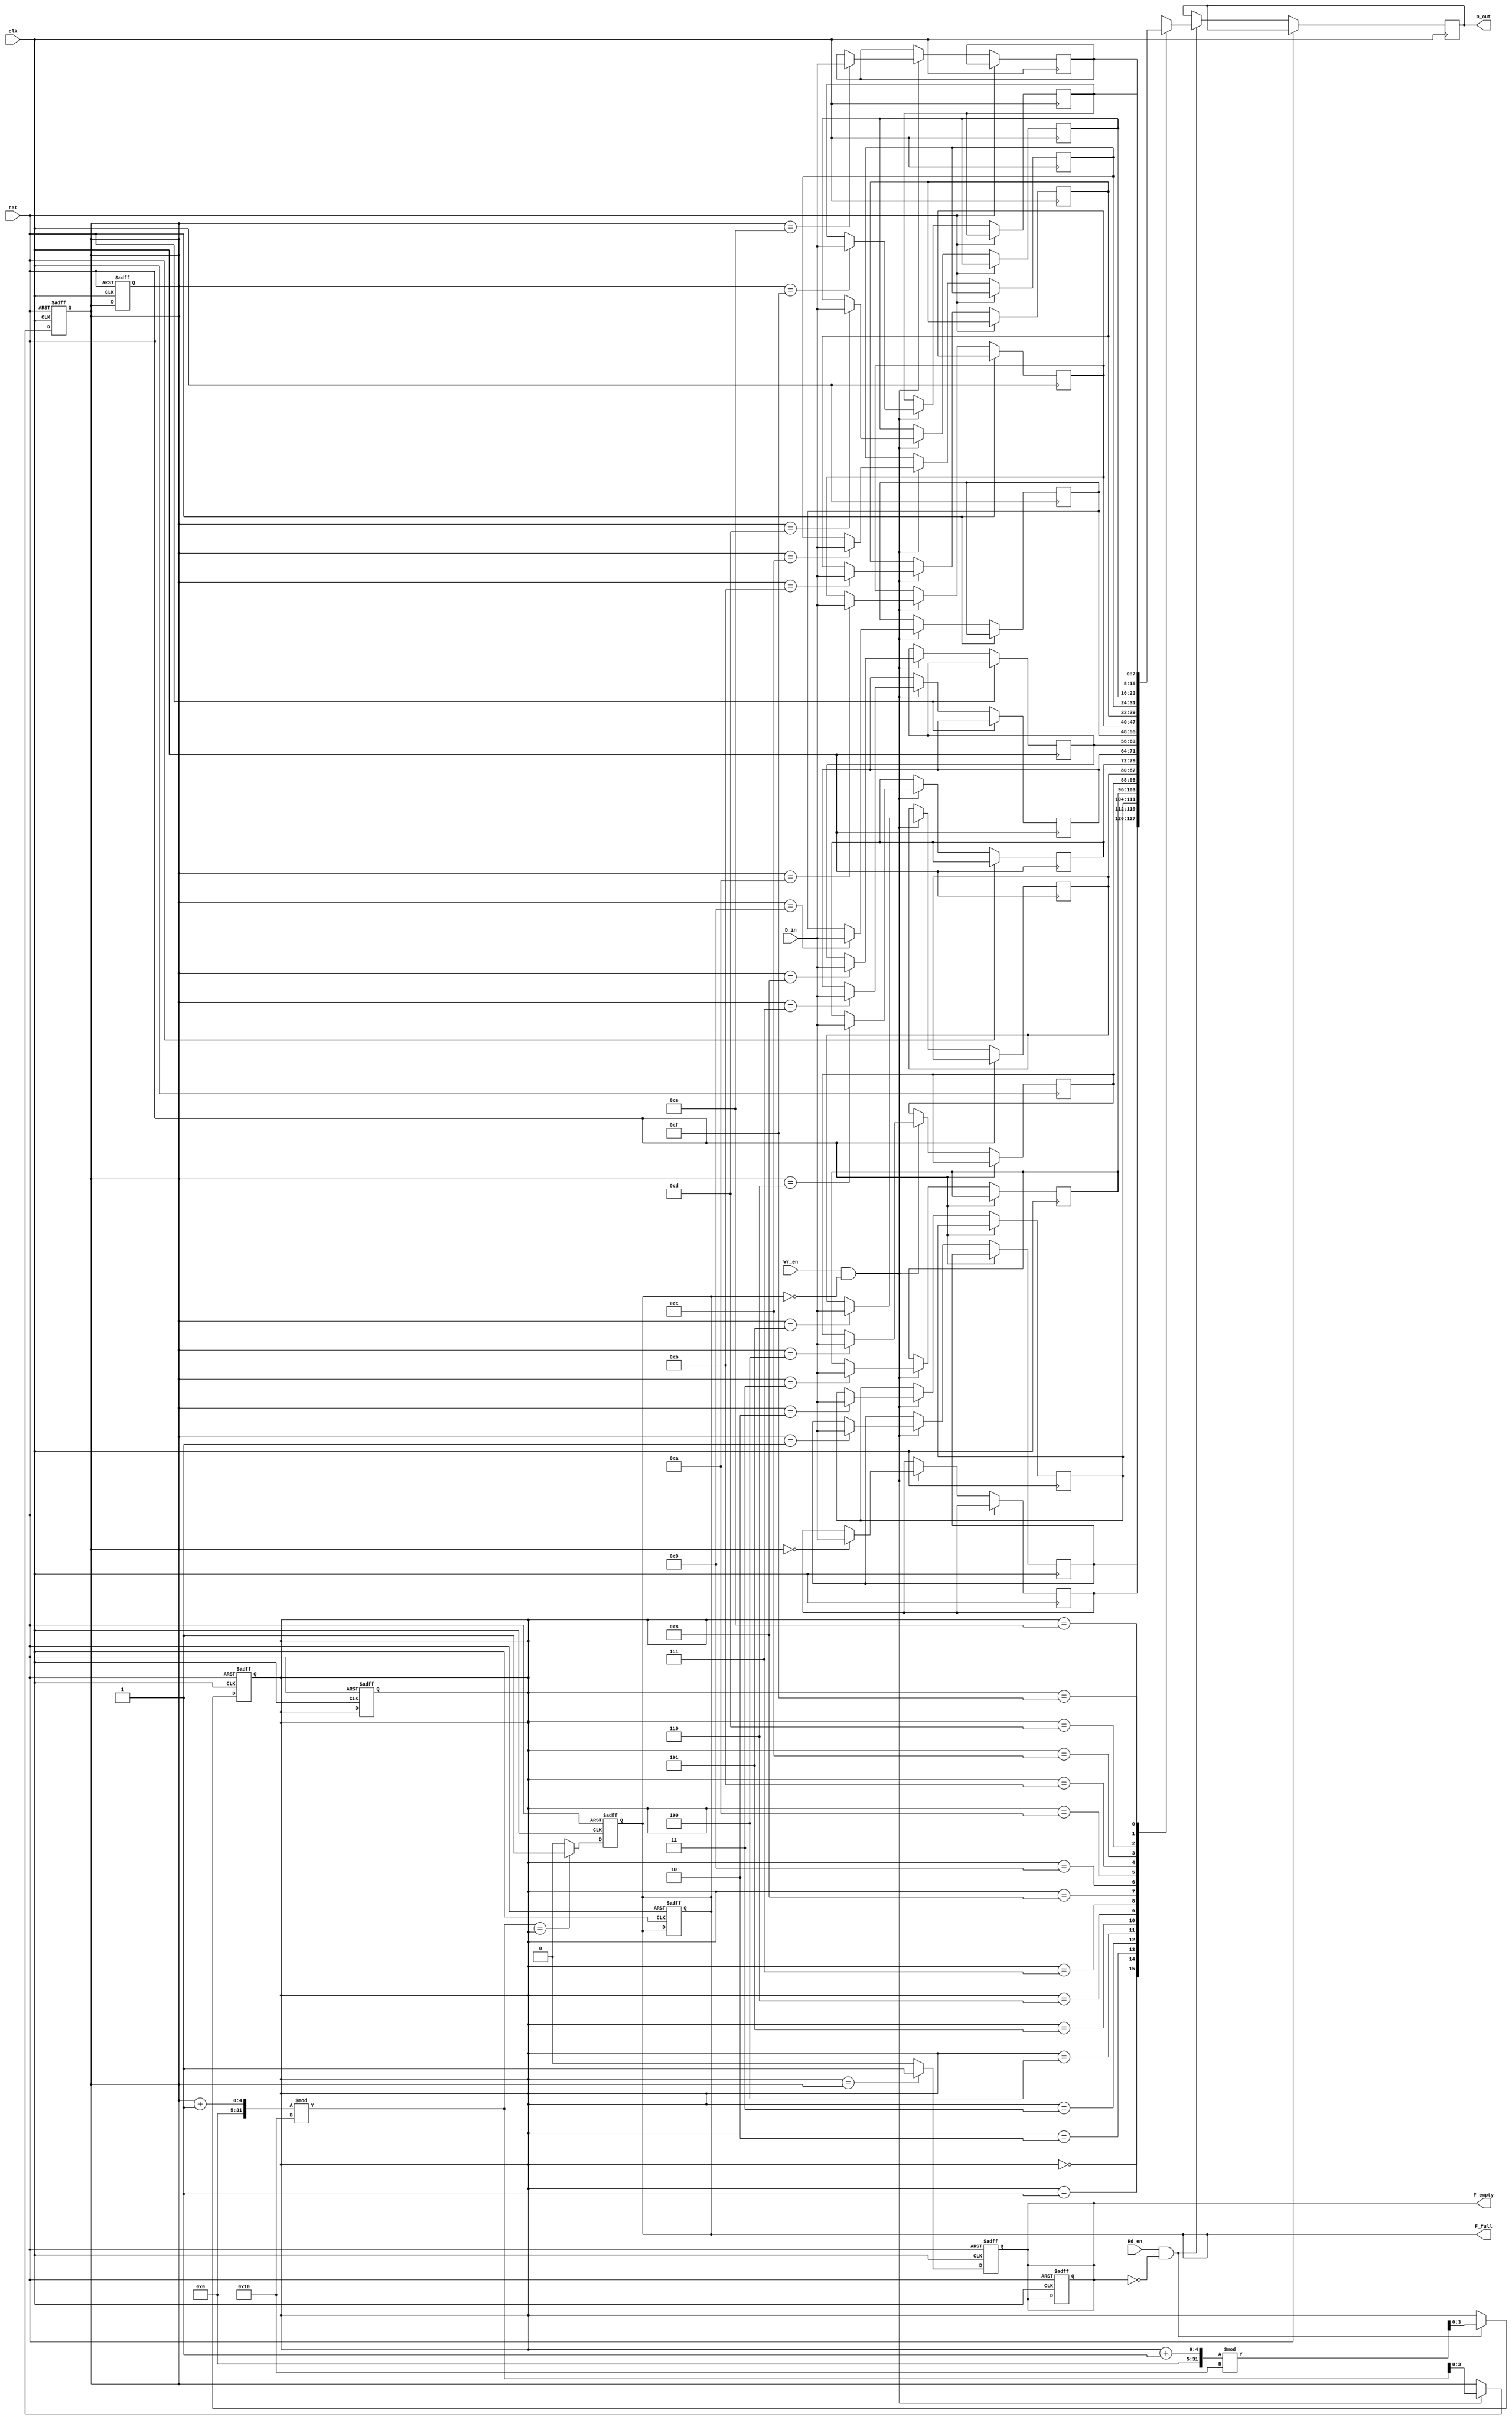
module fifo_sram #(
    parameter DEPTH = 16,  // FIFO depth
    parameter WIDTH = 8    // Width of each entry in bits
)(
    input wire clk,            // Clock signal
    input wire rst,            // Reset signal
    input wire [WIDTH-1:0] D_in, // Data input
    input wire Wr_en,          // Write enable
    input wire Rd_en,          // Read enable
    output reg [WIDTH-1:0] D_out, // Data output
    output reg F_full,         // Full flag
    output reg F_empty         // Empty flag
);

    // Memory array declaration
    reg [WIDTH-1:0] mem_array [0:DEPTH-1];
    
    // Pointer registers
    reg [clog2(DEPTH)-1:0] WPtr; // Write pointer
    reg [clog2(DEPTH)-1:0] RPtr; // Read pointer

    // Function to calculate log base 2
    function integer clog2;
        input integer value;
        begin
            clog2 = 0;
            while (2**clog2 < value) begin
                clog2 = clog2 + 1;
            end
        end
    endfunction

    // Initial conditions
    initial begin
        WPtr = 0;
        RPtr = 0;
        F_full = 0;
        F_empty = 1;
    end

    // Write operation
    always @(posedge clk or posedge rst) begin
        if (rst) begin
            WPtr <= 0;
            RPtr <= 0;
            F_full <= 0;
            F_empty <= 1;
        end else begin
            if (Wr_en && !F_full) begin
                mem_array[WPtr] <= D_in; // Write data to memory
                WPtr <= (WPtr + 1) % DEPTH; // Increment write pointer with wrap around
            end
            
            // Update full flag
            if ((WPtr + 1) % DEPTH == RPtr) begin
                F_full <= 1; // FIFO is full
            end else begin
                F_full <= 0; // FIFO is not full
            end
        end
    end

    // Read operation
    always @(posedge clk or posedge rst) begin
        if (rst) begin
            WPtr <= 0;
            RPtr <= 0;
            F_full <= 0;
            F_empty <= 1;
        end else begin
            if (Rd_en && !F_empty) begin
                D_out <= mem_array[RPtr]; // Read data from memory
                RPtr <= (RPtr + 1) % DEPTH; // Increment read pointer with wrap around
            end
            
            // Update empty flag
            if (RPtr == WPtr) begin
                F_empty <= 1; // FIFO is empty
            end else begin
                F_empty <= 0; // FIFO is not empty
            end
        end
    end

endmodule